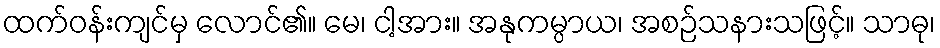
ထက်ဝန်းကျင်မှ လောင်၏။ မေ၊ ငါ့အား။ အနုကမ္ပာယ၊ အစဉ်သနားသဖြင့်။ သာဓု၊